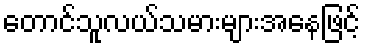
တောင်သူလယ်သမားများအနေဖြင့်